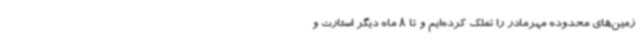
زمین‌های محدوده مهرمادر را تملک کرده‌ایم و تا 8 ماه دیگر استارت و